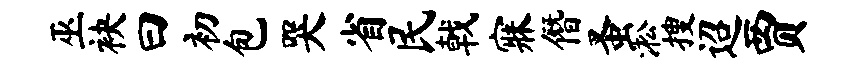
巫袂曰初包哭省民戟寐僭蚤淞搜迢贾